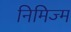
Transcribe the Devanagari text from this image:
निमिज्म